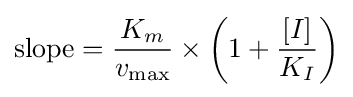
{\begin{aligned}{\mbox{slope}}={\frac {K_{m}}{v_{\max }}}\times \left(1+{\frac {[I]}{K_{I}}}\right)\end{aligned}}